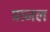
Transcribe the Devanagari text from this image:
प्राजल